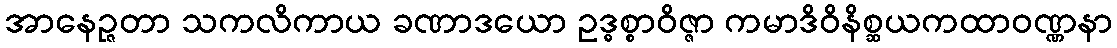
အာနေဉ္ဇတာ သကလိကာယ ခဏာဒယော ဥဒ္ဓစ္စာဝိဇ္ဇာ ကမာဒိဝိနိစ္ဆယကထာဝဏ္ဏနာ